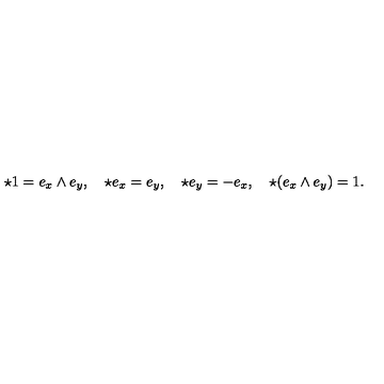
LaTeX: \star 1 = e _ { x } \wedge e _ { y } , \quad \star e _ { x } = e _ { y } , \quad \star e _ { y } = - e _ { x } , \quad \star ( e _ { x } \wedge e _ { y } ) = 1 .